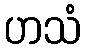
ဟသံ